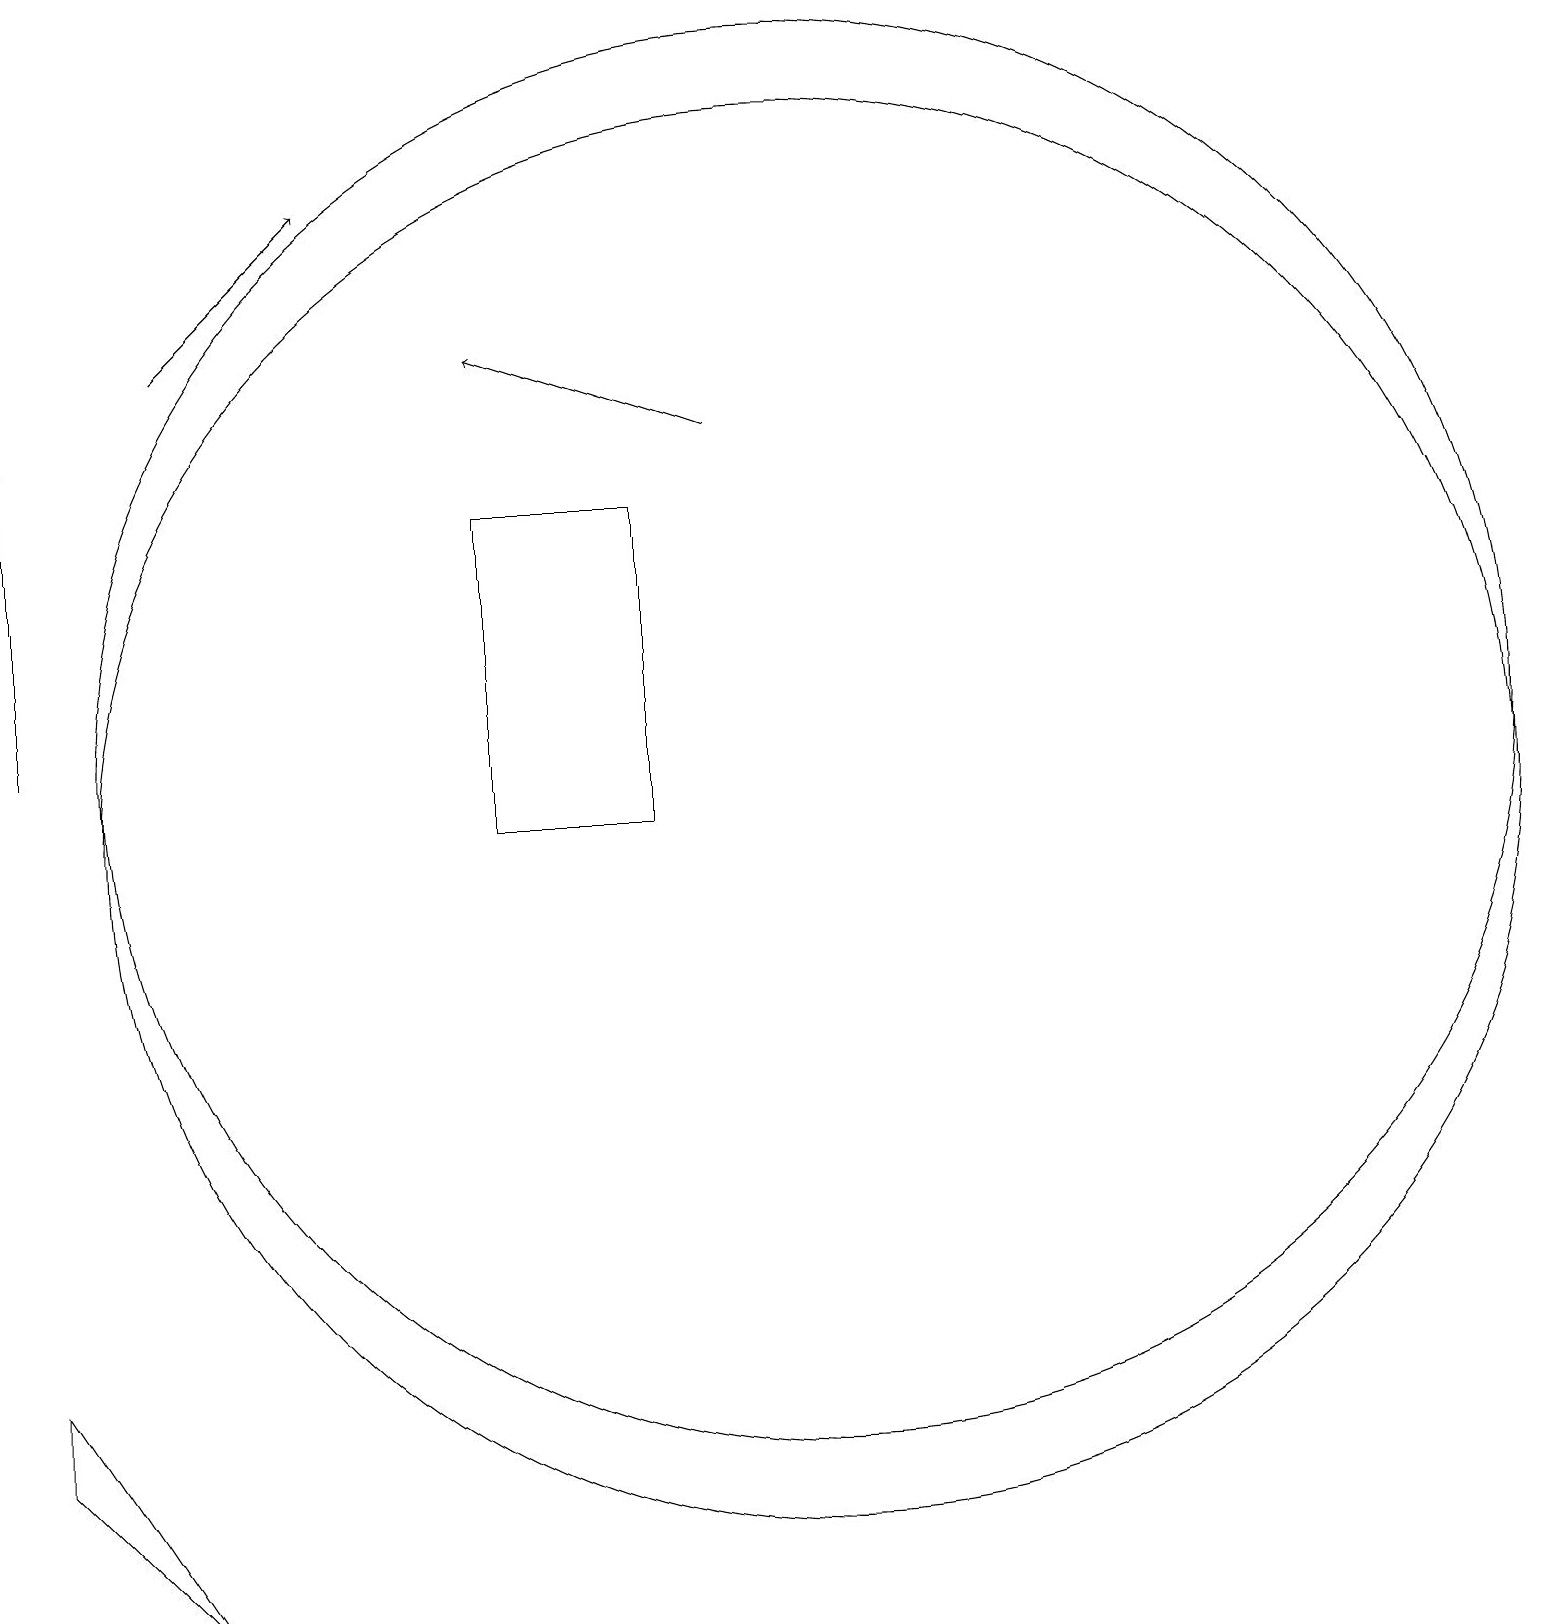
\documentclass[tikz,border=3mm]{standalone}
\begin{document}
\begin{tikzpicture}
\draw[->] (9,15) -- (6,16);
\draw (10,10) circle (9);
\draw (6,14) rectangle (8,10);
\draw (10,11) circle (9);
\draw[->] (2,16) -- (4,18);
\draw (0,3) -- (2,0) -- (0,2) -- cycle;
\draw[->] (0,11) -- (0,15);
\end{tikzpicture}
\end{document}